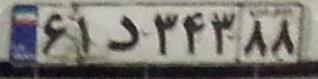
۶۱د۳۴۳۸۸